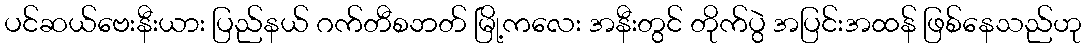
ပင်ဆယ်ဗေးနီးယား ပြည်နယ် ဂက်တီစဘတ် မြို့ကလေး အနီးတွင် တိုက်ပွဲ အပြင်းအထန် ဖြစ်နေသည်ဟု